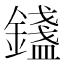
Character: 𨭮